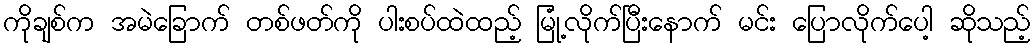
ကိုချစ်က အမဲခြောက် တစ်ဖတ်ကို ပါးစပ်ထဲထည့် မြုံ့လိုက်ပြီးနောက် မင်း ပြောလိုက်ပေါ့ ဆိုသည့်